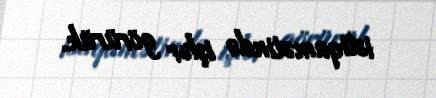
istiqamətində işlər görürük.